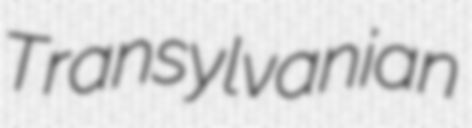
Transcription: Transylvanian